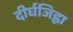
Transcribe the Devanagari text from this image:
दीर्घजिह्वा